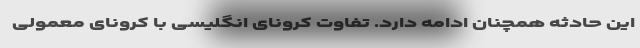
این حادثه همچنان ادامه دارد. تفاوت کرونای انگلیسی با کرونای معمولی